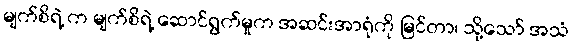
မျက်စိရဲ့ က မျက်စိရဲ့ ဆောင်ရွက်မှုက အဆင်းအာရုံကို မြင်တာ၊ သို့သော် အသံ